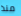
منذ